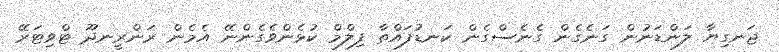
ޖަނގިޔާ ލަންޑަނުން ގަނެގެން ގެނެސްގެން ކަނޑުފައްތާ ފިލްމް ކުޅެންވެގެންނޭ އެމެން ރަންރީނދޫ ޓްވިޓަރޭ